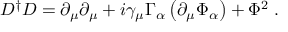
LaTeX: D ^ { \dagger } D = \partial _ { \mu } \partial _ { \mu } + i \gamma _ { \mu } \Gamma _ { \alpha } \left( \partial _ { \mu } \Phi _ { \alpha } \right) + \Phi ^ { 2 } \; .